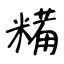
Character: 糒